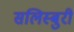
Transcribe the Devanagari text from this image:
सलिस्बुरी